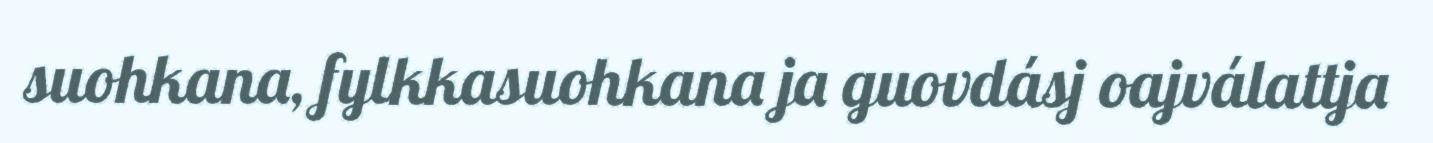
suohkana, fylkkasuohkana ja guovdásj oajválattja